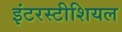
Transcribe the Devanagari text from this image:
इंटरस्टीशियल